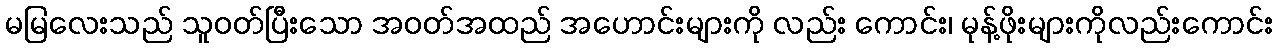
မမြလေးသည် သူဝတ်ပြီးသော အဝတ်အထည် အဟောင်းများကို လည်း ကောင်း၊ မုန့်ဖိုးများကိုလည်းကောင်း